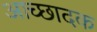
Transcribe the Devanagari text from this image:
आच्छादक